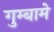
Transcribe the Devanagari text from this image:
गुम्बामे